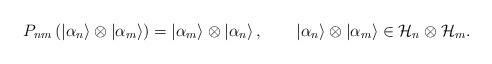
LaTeX: \begin{align*}P_{nm}\left( \left| \alpha _{n}\right\rangle \otimes \left| \alpha _{m}\right\rangle \right) =\left| \alpha _{m}\right\rangle \otimes \left| \alpha _{n}\right\rangle ,\qquad \left| \alpha _{n}\right\rangle \otimes \left| \alpha _{m}\right\rangle \in {\cal H}_{n}\otimes {\cal H}_{m}.\end{align*}